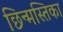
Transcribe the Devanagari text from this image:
छिन्मस्तिका